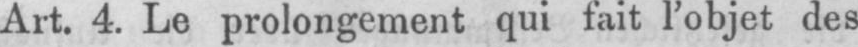
Art. 4. Le prolongement qui fait l’objet des